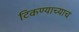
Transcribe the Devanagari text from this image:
टिकण्याच्याच